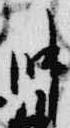
帥